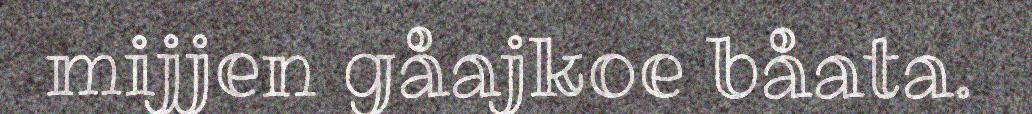
mijjen gåajkoe båata.